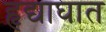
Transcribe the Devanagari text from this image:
हृद्याघात